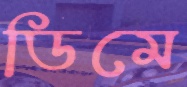
ডিমে